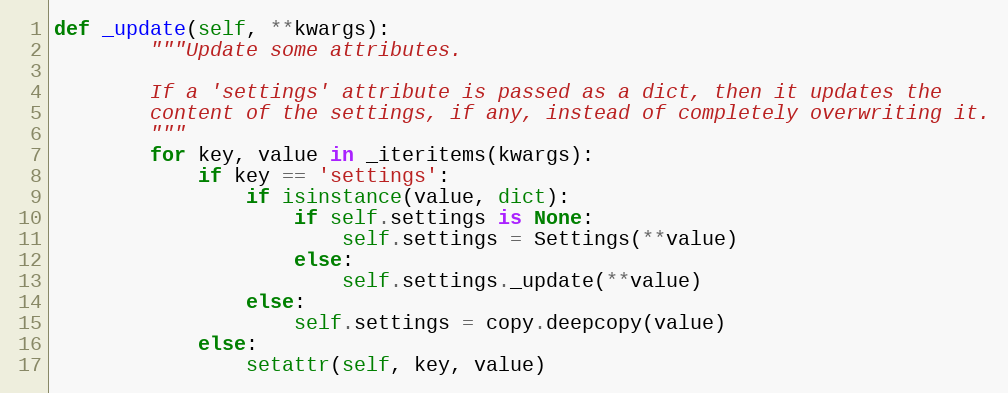
Language: Python
def _update(self, **kwargs):
        """Update some attributes.

        If a 'settings' attribute is passed as a dict, then it updates the
        content of the settings, if any, instead of completely overwriting it.
        """
        for key, value in _iteritems(kwargs):
            if key == 'settings':
                if isinstance(value, dict):
                    if self.settings is None:
                        self.settings = Settings(**value)
                    else:
                        self.settings._update(**value)
                else:
                    self.settings = copy.deepcopy(value)
            else:
                setattr(self, key, value)